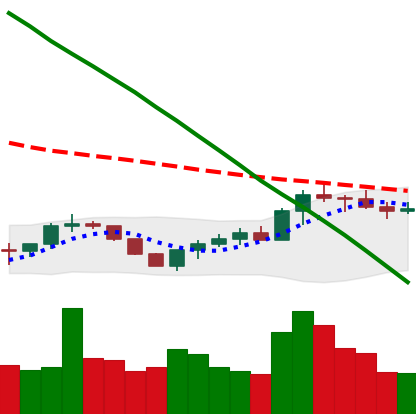
Ticker: BTC-USD
Chart end date: 2022-07-24
Forward return: 5.287%
Label: up_5_7